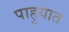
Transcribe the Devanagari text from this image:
पाहुयात